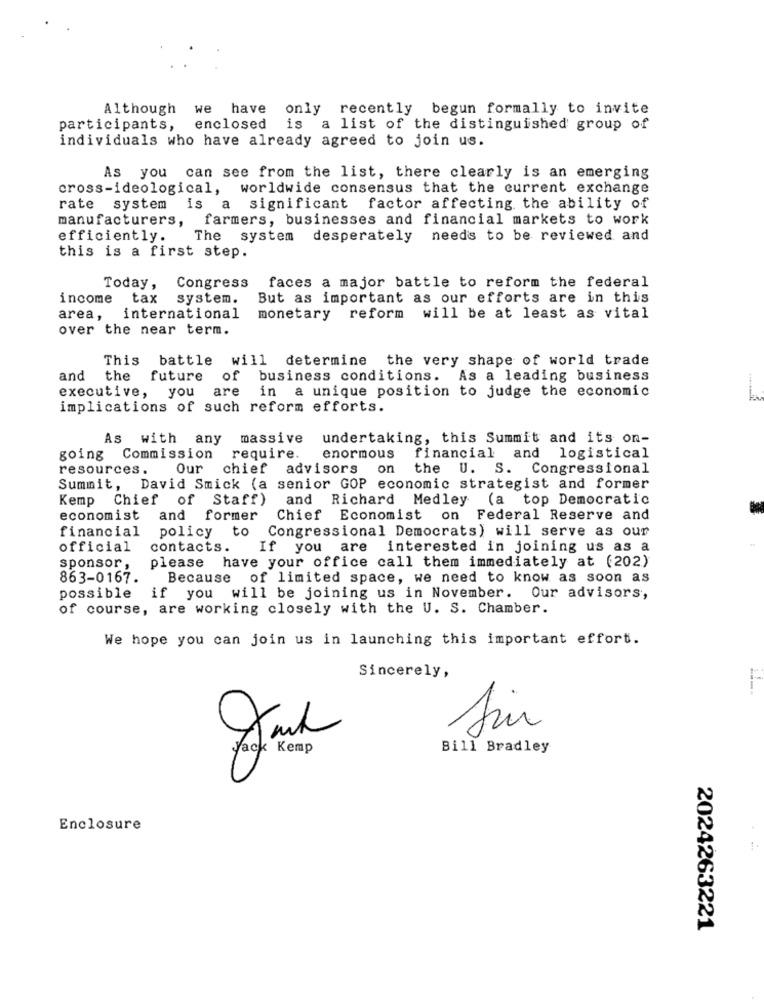
Although we have only recently begun formally to invite
participants,
enclosed is a list of the distinguished group of
individuals who have already agreed to join us.
As you can see from the list, there clearly is an emerging
cross-ideological, worldwide consensus that the current exchange
rate system is a significant factor affecting the ability of
farmers, businesses and financial markets to work
manufacturers,
efficiently.
The system
desperately
needs to be reviewed and
this is a first step.
Today ,
Congress
faces a major battle to reform the federal
income
tax system.
But as important as our efforts are in this
area,
international
monetary reform will be at least as vital
over the near term.
This battle will determine the very shape of world trade
and
the
future of business conditions. As a leading business
in
a unique position to judge the economic
executive, you are
implications of such reform efforts.
As with any
massive
undertaking, this Summit and its on-
require.
going Commission
enormous
financial and logistical
resources.
Our chief
advisors
on
the U. S. Congressional
Summit, David Smick (a senior GOP economic strategist and former
Kemp Chief of Staff) and Richard Medley (a top Democratic
economist
and former
Chief Economist on Federal Reserve and
financial
policy to
Congressional Democrats) will serve as our
official
contacts.
If you are interested in joining us as a
sponsor ,
please have your office call them immediately at (202)
863-0167.
Because of limited space, we need to know as soon as
possible if you will be joining us in November. Our advisors,
of course, are working closely with the U. S. Chamber.
We hope you can join us in launching this important effort.
Sincerely,
Bill Bradley
Enclosure
2024263221